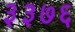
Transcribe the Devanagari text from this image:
३३७६